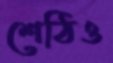
শেঠিও